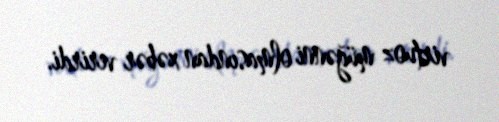
virtuoz müğənni olmasından xəbər verirdi.